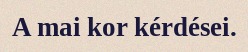
A mai kor kérdései.